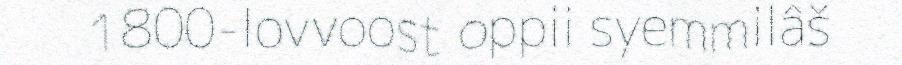
1800-lovvoost oppii syemmilâš